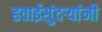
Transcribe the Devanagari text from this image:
हवाईसुंदर्‍यांंनी